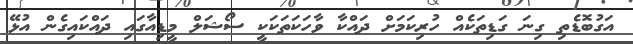
އަގުބޮޑެތި ގިނަ ގަޑިތަކެއް ހުރިކަމަށް ދައްކާ ވާހަކަތަކަކީ ސޯޝަލް މީޑިއާގައި ދައްކައިގެން އުޅޭ